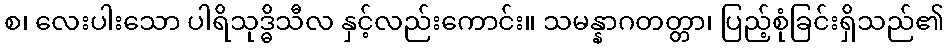
စ၊ လေးပါးသော ပါရိသုဒ္ဓိသီလ နှင့်လည်းကောင်း။ သမန္နာဂတတ္တာ၊ ပြည့်စုံခြင်းရှိသည်၏